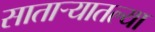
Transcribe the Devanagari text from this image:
सातार्‍यातल्या